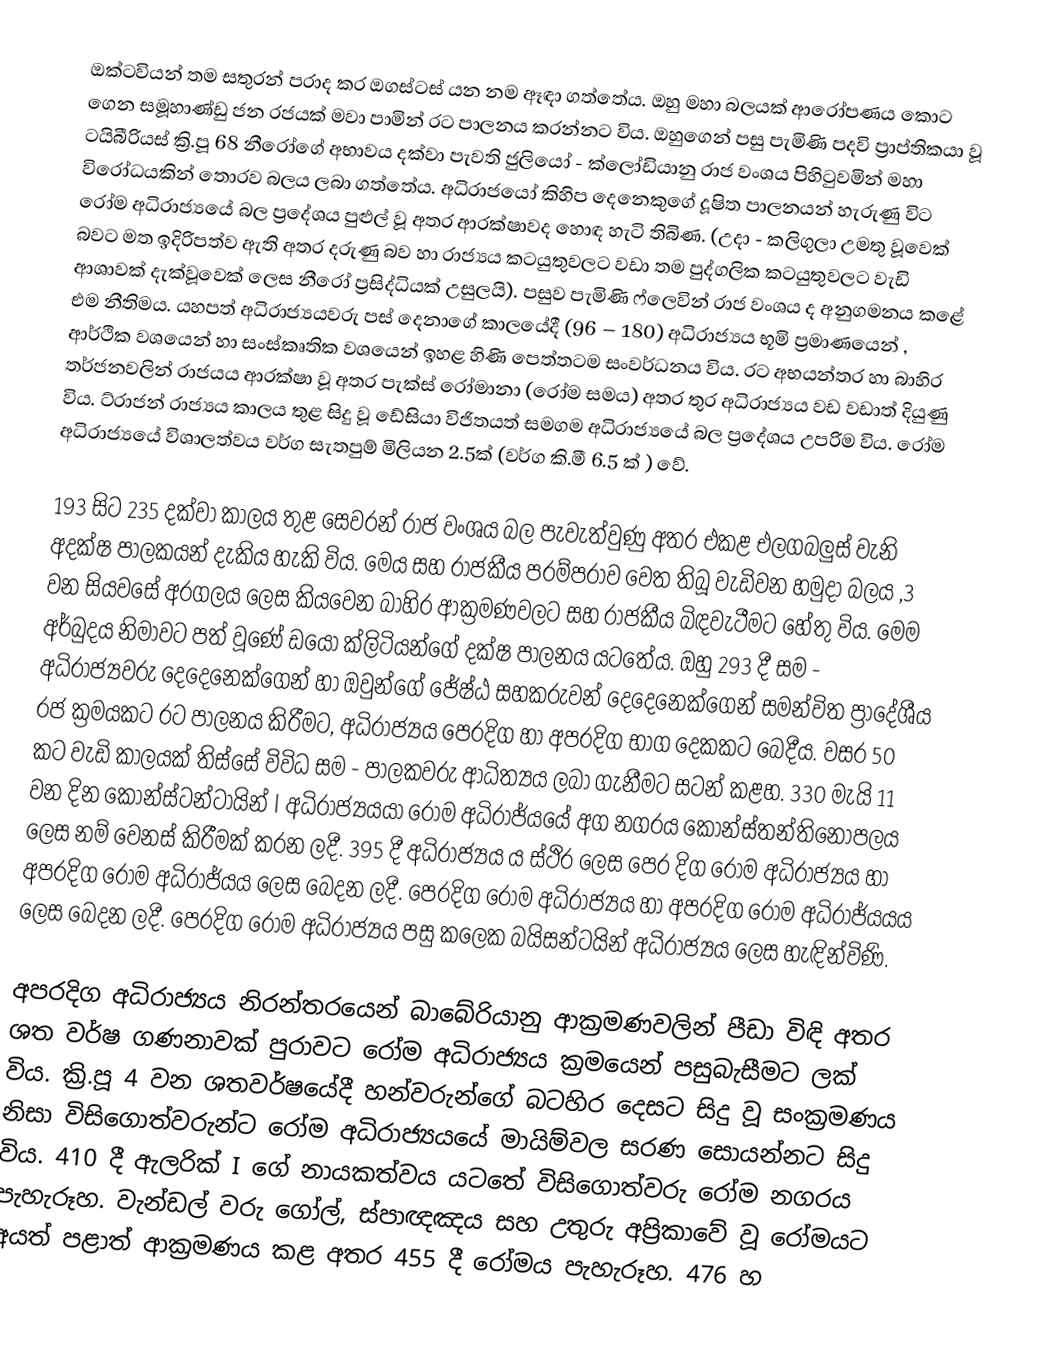
ඔක්ටවියන් තම සතුරන් පරාද කර ඔගස්ටස් යන නම ඈඳා ගත්තේය. ඔහු මහා බලයක් ආරෝපණය කොට ගෙන සමූහාණ්ඩු ජන රජයක් මවා පාමින් රට පාලනය කරන්නට විය. ඔහුගෙන් පසු පැමිණි පදවි ප්‍රාප්තිකයා වූ ටයිබීරියස් ක්‍රි.පූ 68 නීරෝගේ අභාවය දක්වා පැවති ජුලියෝ - ක්ලෝඩියානු රාජ වංශය පිහිටුවමින් මහා විරෝධයකින් තොරව බලය ලබා ගත්තේය. අධිරාජයෝ කිහිප දෙනෙකුගේ දූෂිත පාලනයන් හැරුණු විට රෝම අධිරාජ්‍යයේ බල ප්‍රදේශය පුළුල් වූ අතර ආරක්ෂාවද හොඳ හැටි තිබිණ. (උදා - කලිගුලා උමතු වූවෙක් බවට මත ඉදිරිපත්ව ඇති අතර දරුණු බව හා රාජ්‍යය  කටයුතුවලට වඩා තම පුද්ගලික කටයුතුවලට වැඩි ආශාවක් දැක්වූවෙක් ලෙස නීරෝ ප්‍රසිද්ධියක් උසුලයි). පසුව පැමිණි ෆ්ලෙවින් රාජ වංශය ද අනුගමනය කළේ එම නීතිමය. යහපත් අධිරාජ්‍යයවරු  පස් දෙනාගේ කාලයේදී  (96 – 180) අධිරාජ්‍යය භූමි ප්‍රමාණයෙන් , ආර්ථික වශයෙන් හා සංස්කෘතික වශයෙන් ඉහළ හිණි පෙත්තටම සංවර්ධනය විය. රට අභයන්තර හා බාහිර තර්ජනවලින් රාජයය ආරක්ෂා වූ අතර පැක්ස් රෝමානා (රෝම සමය) අතර තුර අධිරාජ්‍යය වඩ වඩාත් දියුණු විය. ට්රාජන් රාජ්‍යය කාලය තුළ සිදු වූ ඩේසියා විජිතයත් සමගම අධිරාජ්‍යයේ  බල ප්‍රදේශය උපරිම විය. රෝම අධිරාජ්‍යයේ විශාලත්වය වර්ග සැතපුම් මිලියන 2.5ක් (වර්ග කි.මී 6.5 ක් ) වේ.

193 සිට 235 දක්වා කාලය තුළ සෙවරන් රාජ වංශය බල පැවැත්වුණු අතර එකළ එලගබලුස් වැනි අදක්ෂ පාලකයන් දැකිය හැකි විය. මෙය සහ රාජකීය පරම්පරාව වෙත තිබූ වැඩිවන හමුදා බලය ,3 වන සියවසේ අරගලය ලෙස කියවෙන බාහිර ආක්‍රමණවලට සහ රාජකීය බිඳවැටීමට හේතු විය. මෙම අර්බුදය නිමාවට පත් වූණේ ඩයෝ ක්ලිටියන්ගේ දක්ෂ පාලනය යටතේය. ඔහු 293 දී සම - අධිරාජ්‍යවරු දෙදෙනෙක්ගෙන් හා ඔවුන්ගේ ජේෂ්ඨ සහකරුවන් දෙදෙනෙක්ගෙන් සමන්විත ප්‍රාදේශීය රජ ක්‍රමයකට රට පාලනය කිරීමට, අධිරාජ්‍යය පෙරදිග හා අපරදිග භාග දෙකකට බෙදීය. වසර 50 කට වැඩි කාලයක් තිස්සේ විවිධ සම - පාලකවරු ආධිත්‍යය ලබා ගැනීමට සටන් කළහ. 330 මැයි 11 වන දින කොන්ස්ටන්ටායින් I අධිරාජ්‍යයයා රෝම අධිරාජ්ය‍යේ අග නගරය කොන්ස්තන්තිනෝපලය ලෙස නම් වෙනස් කිරීමක් කරන ලදී. 395 දී අධිරාජ්‍යය ය ස්ථිර ලෙස පෙර දිග රෝම අධිරාජ්‍යය හා අපරදිග රෝම අධිරාජ්යය ලෙස බෙදන ලදී. පෙරදිග රෝම අධිරාජ්‍යය හා අපරදිග රෝම අධිරාජ්යයය ලෙස බෙදන ලදී. පෙරදිග රෝම අධිරාජ්‍යය පසු කලෙක බයිසන්ටයින් අධිරාජ්‍යය ලෙස හැඳින්විණි.

අපරදිග අධිරාජ්‍යය නිරන්තරයෙන් බාබේරියානු ආක්‍රමණවලින් පීඩා විඳි අතර ශත වර්ෂ ගණනාවක් පුරාවට රෝම අධිරාජ්‍යය ක්‍රමයෙන් පසුබැසීමට ලක් විය. ක්‍රි.පූ 4 වන  ශතවර්ෂයේදී හන්වරුන්ගේ බටහිර දෙසට සිදු වූ සංක්‍රමණය නිසා විසිගොත්වරුන්ට රෝම අධිරාජ්‍යයයේ මායිම්වල සරණ සොයන්නට සිදු විය. 410 දී ඇලරික් I ගේ නායකත්වය යටතේ විසිගොත්වරු රෝම නගරය පැහැරූහ. වැන්ඩල් වරු ගෝල්, ස්පාඥඤය සහ උතුරු අප්‍රිකාවේ වූ රෝමයට අයත් පළාත් ආක්‍රමණය කළ අතර 455 දී රෝමය පැහැරූහ. 476 හ